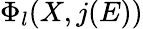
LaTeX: \Phi_{l}(X,j(E))